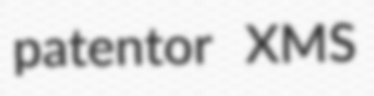
patentor XMS